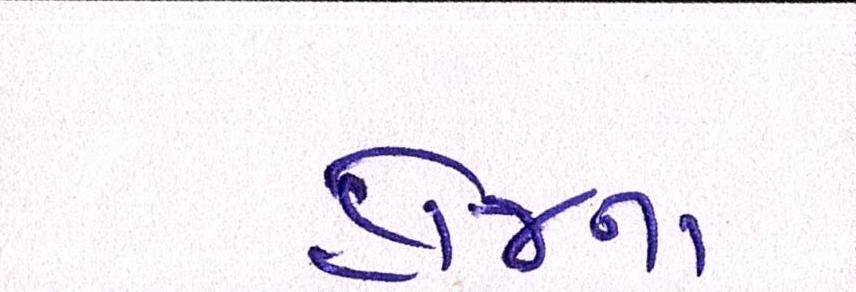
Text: હોજના